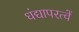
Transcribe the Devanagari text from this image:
धंद्यापरत्वें